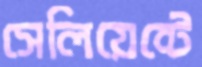
সেলিয়েন্টে